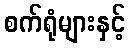
စက်ရုံများနှင့်